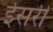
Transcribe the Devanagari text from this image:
ईसरी